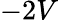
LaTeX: -2V